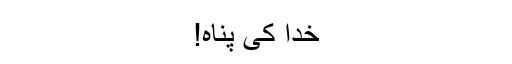
خدا کی پناہ!